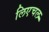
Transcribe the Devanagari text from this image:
लिएचल